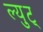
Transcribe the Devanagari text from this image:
ल्युट्